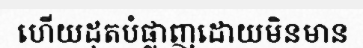
ហើយដុតបំផ្លាញដោយមិនមាន